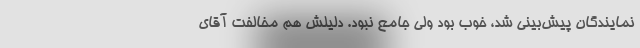
نمایندگان پیش‌بینی شد، خوب بود ولی جامع نبود. دلیلش هم مخالفت آقای